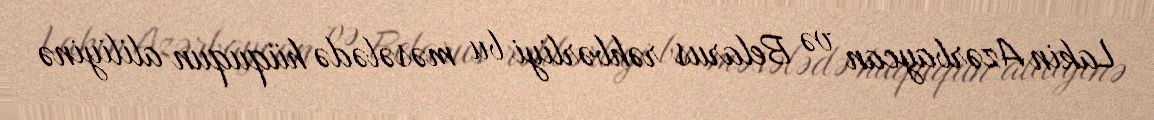
Lakin Azərbaycan və Belarus rəhbərliyi bu məsələdə hüququn aliliyinə